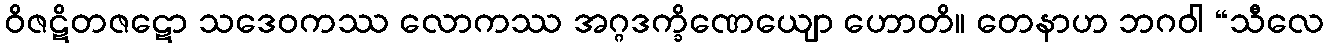
ဝိဇဋိတဇဋော သဒေဝကဿ လောကဿ အဂ္ဂဒက္ခိဏေယျော ဟောတိ။ တေနာဟ ဘဂဝါ “သီလေ